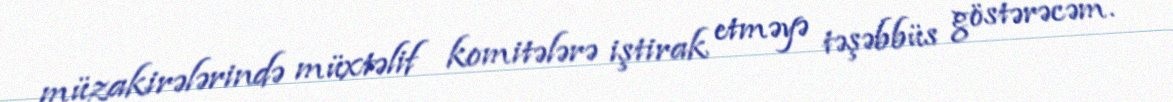
müzakirələrində müxtəlif komitələrə iştirak etməyə təşəbbüs göstərəcəm.